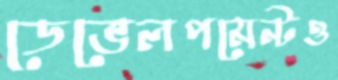
ডেভেলপমেন্টও